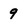
Character: 9